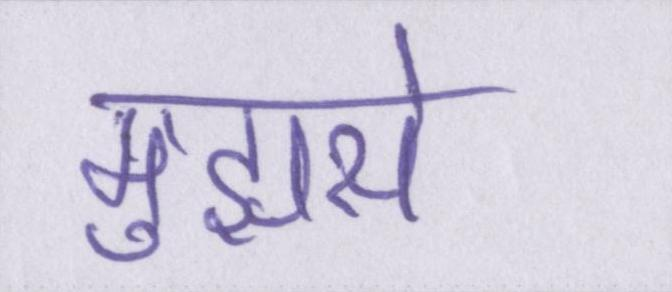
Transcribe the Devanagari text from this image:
मुझसे